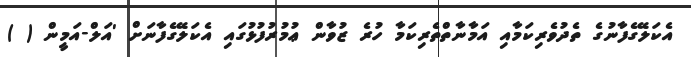
އެކަލޭގެފާނުގެ ތެދުވެރިކަމާއި އަމާނާތްތެރިކަމާ ހުރެ ޒުވާން ޢުމުރުފުޅުގައި އެކަލޭގެފާނަށް 'އަލް-އަމީން ( )